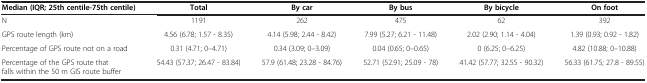
<table><thead><tr><td><b>Median (IQR; 25th centile-75th centile)</b></td><td><b>Total</b></td><td><b>By car</b></td><td><b>By bus</b></td><td><b>By bicycle</b></td><td><b>On foot</b></td></tr></thead><tbody><tr><td>N</td><td>1191</td><td>262</td><td>475</td><td>62</td><td>392</td></tr><tr><td>GPS route length (km)</td><td>4.56 (6.78; 1.57 - 8.35)</td><td>4.14 (5.98; 2.44 - 8.42)</td><td>7.99 (5.27; 6.21 - 11.48)</td><td>2.02 (2.90; 1.14 - 4.04)</td><td>1.39 (0.93; 0.92 - 1.82)</td></tr><tr><td>Percentage of GPS route not on a road</td><td>0.31 (4.71; 0–4.71)</td><td>0.34 (3.09; 0–3.09)</td><td>0.04 (0.65; 0–0.65)</td><td>0 (6.25; 0–6.25)</td><td>4.82 (10.88; 0–10.88)</td></tr><tr><td>Percentage of the GPS route that falls within the 50 m GIS route buffer</td><td>54.43 (57.37; 26.47 - 83.84)</td><td>57.9 (61.48; 23.28 - 84.76)</td><td>52.71 (52.91; 25.09 - 78)</td><td>41.42 (57.77; 32.55 - 90.32)</td><td>56.33 (61.75; 27.8 - 89.55)</td></tr></tbody></table>